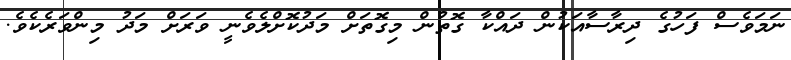
ނަމަވެސް ފަހުގެ ދިރާސާއަކުން ދައްކާ ގޮތުން މިގޮތަށް މަދުކޮށްލެވެނީ ވަރަށް މަދު މިންވަރެކެވެ.